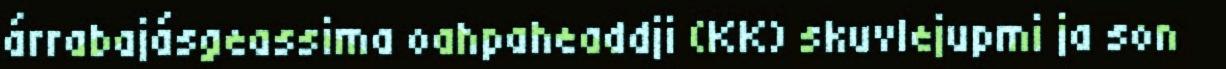
árrabajásgeassima oahpaheaddji (KK) skuvlejupmi ja son